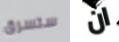
ستسرق ان